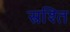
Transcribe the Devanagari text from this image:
स्रश्ति